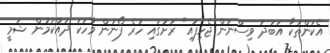
އެކަންތަކާ އަބަދު ވިސްނަން ޖެހިފައި" ރަށުގައި ހުރެ ފޯނުން ވާހަކަ ދައްކަމުން ޝަމީ